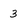
Character: 3